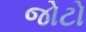
જોટો